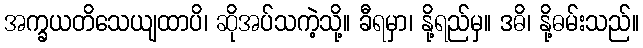
အက္ခယတိသေယျထာပိ၊ ဆိုအပ်သကဲ့သို့။ ခီရမှာ၊ နို့ရည်မှ။ ဒဓိ၊ နို့ဓမ်းသည်။